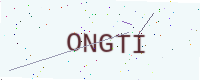
Text: ONGTI